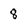
Character: 8